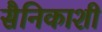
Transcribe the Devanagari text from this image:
सैनिकाशी